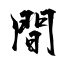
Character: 間